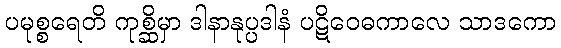
ပမုစ္စရေတိ ကုစ္ဆိမှာ ဒါနာနုပ္ပဒါနံ ပဋိဝေဓကာလေ သာဒကော